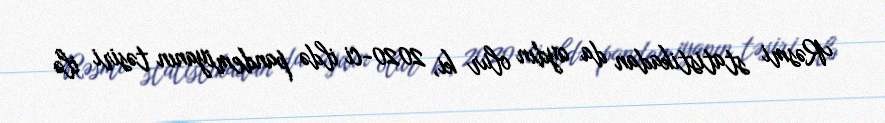
Rəsmi statistikadan da aydın olur ki, 2020-ci ildə pandemiyanın təsiri ilə